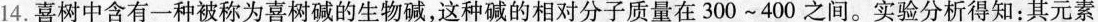
14.喜树中含有一种被称为喜树碱的生物碱，这种碱的相对分子质量在300~400之间。实验分析得知：其元素